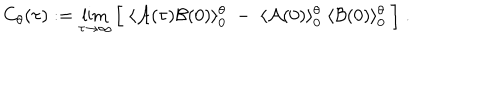
LaTeX: C _ { \theta } ( \tau ) : = \lim _ { \tau \rightarrow \infty } \Big [ \; \langle { \cal A } ( \tau ) { \cal B } ( 0 ) \rangle _ { 0 } ^ { \theta } \; - \; \langle { \cal A } ( 0 ) \rangle _ { 0 } ^ { \theta } \; \langle { \cal B } ( 0 ) \rangle _ { 0 } ^ { \theta } \; \Big ] \; .